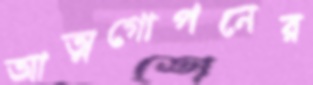
আত্মগোপনের